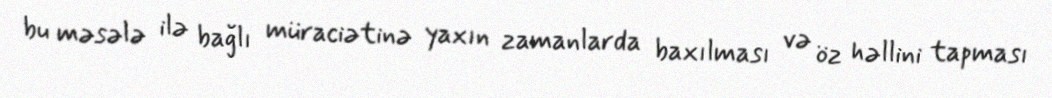
bu məsələ ilə bağlı müraciətinə yaxın zamanlarda baxılması və öz həllini tapması